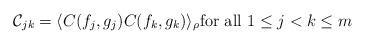
LaTeX: \begin{align*}\mathcal{C}_{jk} = \langle C(f_j,g_j) C(f_k,g_k)\rangle_{\rho} \mbox{for all } 1 \leq j< k \leq m\end{align*}